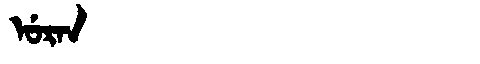
Manchu: ᡠᡵᠠᠨ
Romanization: URAN